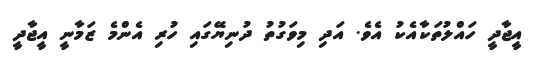
އީޖާދީ ހައްލުތަކާއެކު އެވެ. އަދި މިވަގުތު ދުނިޔޭގައި ހުރި އެންމެ ޒަމާނީ އީޖާދީ